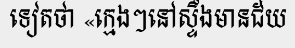
ទៀតថា «ក្មេងៗនៅស្ទឹងមានជ័យ